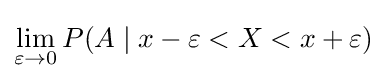
\lim _{\varepsilon \to 0}P(A\mid x-\varepsilon <X<x+\varepsilon )